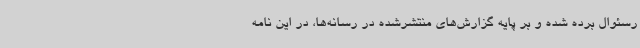
رسئوال برده شده و بر پایه گزارش‌های منتشرشده در رسانه‌ها، در این نامه